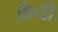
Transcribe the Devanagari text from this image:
फ़्रैपी